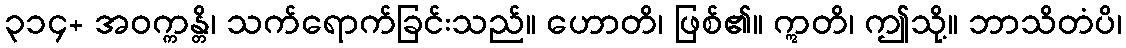
၃၁၄+ အဝက္ကန္တိ၊ သက်ရောက်ခြင်းသည်။ ဟောတိ၊ ဖြစ်၏။ ဣတိ၊ ဤသို့။ ဘာသိတံပိ၊